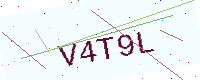
Text: V4T9L